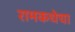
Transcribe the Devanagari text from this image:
रामकथेचा